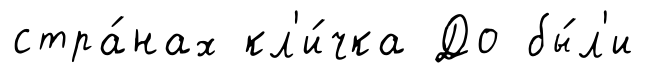
стра́нах кл'и́чка До бы́л'и